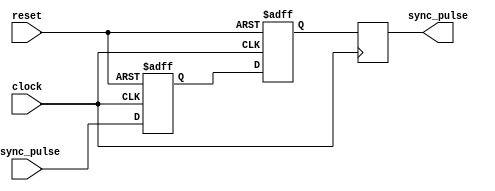
module Pulse_Synchronizer (
    input wire clock,
    input wire reset,
    input wire async_pulse,
    output reg sync_pulse
);

reg capture_pulse;
reg sync_pulse_reg;

always @(posedge clock or posedge reset) begin
    if (reset) begin
        capture_pulse <= 1'b0;
        sync_pulse_reg <= 1'b0;
    end else begin
        capture_pulse <= async_pulse;
        sync_pulse_reg <= capture_pulse;
    end
end

always @(posedge clock) begin
    sync_pulse <= sync_pulse_reg;
end

endmodule